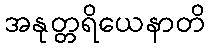
အနုတ္တရိယေနာတိ